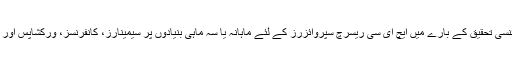
اس کے علاوہ جدید سائنسی تحقیق کے بارے میں ایچ ای سی ریسرچ سپروائزرز کے لئے ماہانہ یا سہ ماہی بنیادوں پر سیمینارز، کانفرنسز، ورکشاپس اور کورسز کا اہتمام کرے۔